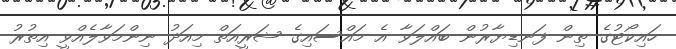
ހައިކޯޓުގެ ތިން ފަނޑިޔާރުން ބައްލަވާ އެ މައްސައިގެ ޝަރީއަތް މިއަދު ނިންމަވާލެއްވީ އިތުރު